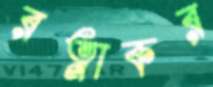
রত্নাকর